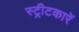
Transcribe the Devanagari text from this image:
स्ट्रीटकारें